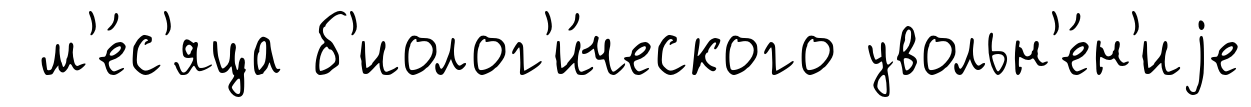
м'е́с'яца б'иолог'и́ческого увольн'е́н'иjе